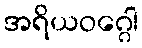
အရိယဝဂ္ဂေါ